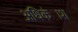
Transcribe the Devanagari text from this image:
अधिकंाश